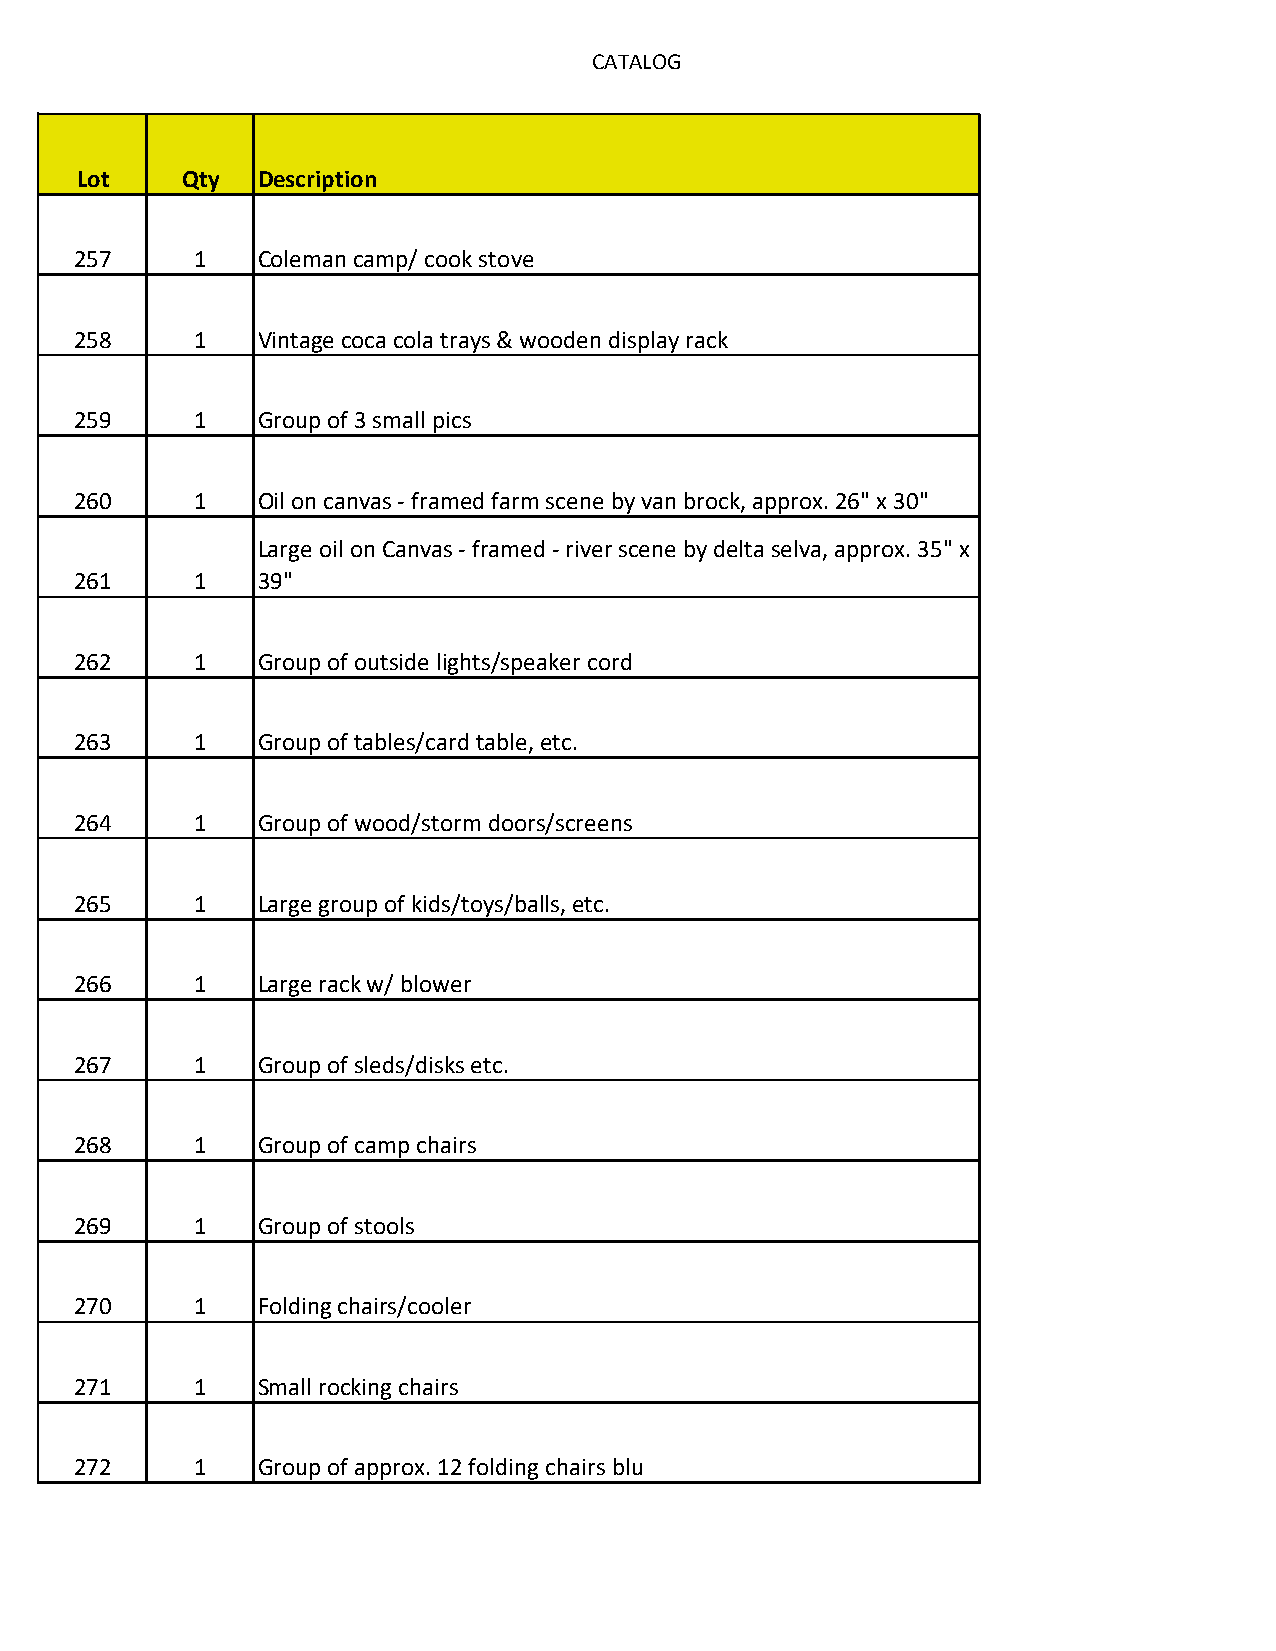
CATALOG
 Lot    Qty  Description
 257     1   Coleman camp/ cook stove
 258     1   Vintage coca cola trays & wooden display rack
 259     1   Group of 3 small pics
 260     1   Oil on canvas - framed farm scene by van brock, approx. 26" x 30"
 Large oil on Canvas - framed - river scene by delta selva, approx. 35" x
 261     1   39"
 262     1   Group of outside lights/speaker cord
 263     1   Group of tables/card table, etc.
 264     1   Group of wood/storm doors/screens
 265     1   Large group of kids/toys/balls, etc.
 266     1   Large rack w/ blower
 267     1   Group of sleds/disks etc.
 268     1   Group of camp chairs
 269     1   Group of stools
 270     1   Folding chairs/cooler
 271     1   Small rocking chairs
 272     1   Group of approx. 12 folding chairs blu